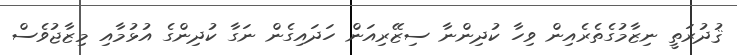
ޤުދުރަތީ ނިޒާމުގެތެރެއިން ވިހާ ކުދިންނާ ސިޒޭރިއަން ހަދައިގެން ނަގާ ކުދިންގެ އުޅުމާއި މިޒާޖުވެސް